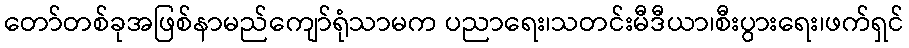
တော်တစ်ခုအဖြစ်နာမည်ကျော်ရုံသာမက ပညာရေး၊သတင်းမီဒီယာ၊စီးပွားရေး၊ဖက်ရှင်